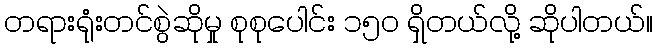
တရားရုံးတင်စွဲဆိုမှု စုစုပေါင်း ၁၅ဝ ရှိတယ်လို့ ဆိုပါတယ်။